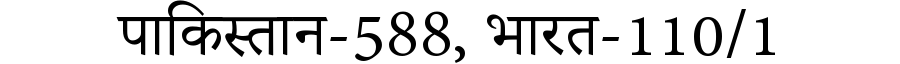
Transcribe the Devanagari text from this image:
पाकिस्तान-588, भारत-110/1